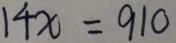
1 4 x = 9 1 0